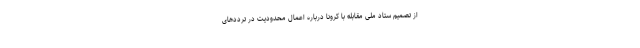
از تصمیم ستاد ملی مقابله با کرونا درباره اعمال محدودیت در ترددهای